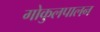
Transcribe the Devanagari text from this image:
गोकुलपालन